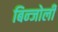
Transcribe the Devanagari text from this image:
बिन्जोली